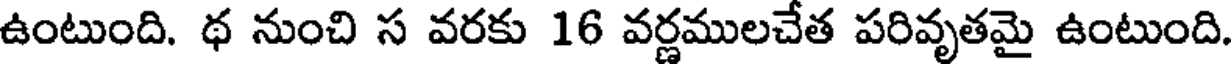
ఉంటుంది. థ నుంచి స వరకు 16 వర్ణములచేత పరివృతమై ఉంటుంది